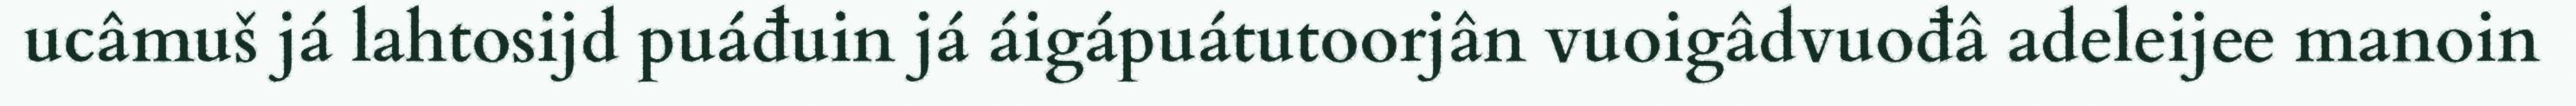
ucâmuš já lahtosijd puáđuin já áigápuátutoorjân vuoigâdvuođâ adeleijee manoin